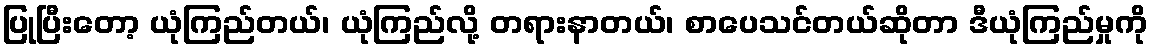
ပြုပြီးတော့ ယုံကြည်တယ်၊ ယုံကြည်လို့ တရားနာတယ်၊ စာပေသင်တယ်ဆိုတာ ဒီယုံကြည်မှုကို